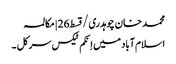
محمد خان چوہدری/قسط26 | مکالمہ
اسلام آباد میں اِنکم ٹیکس سرکل ۔